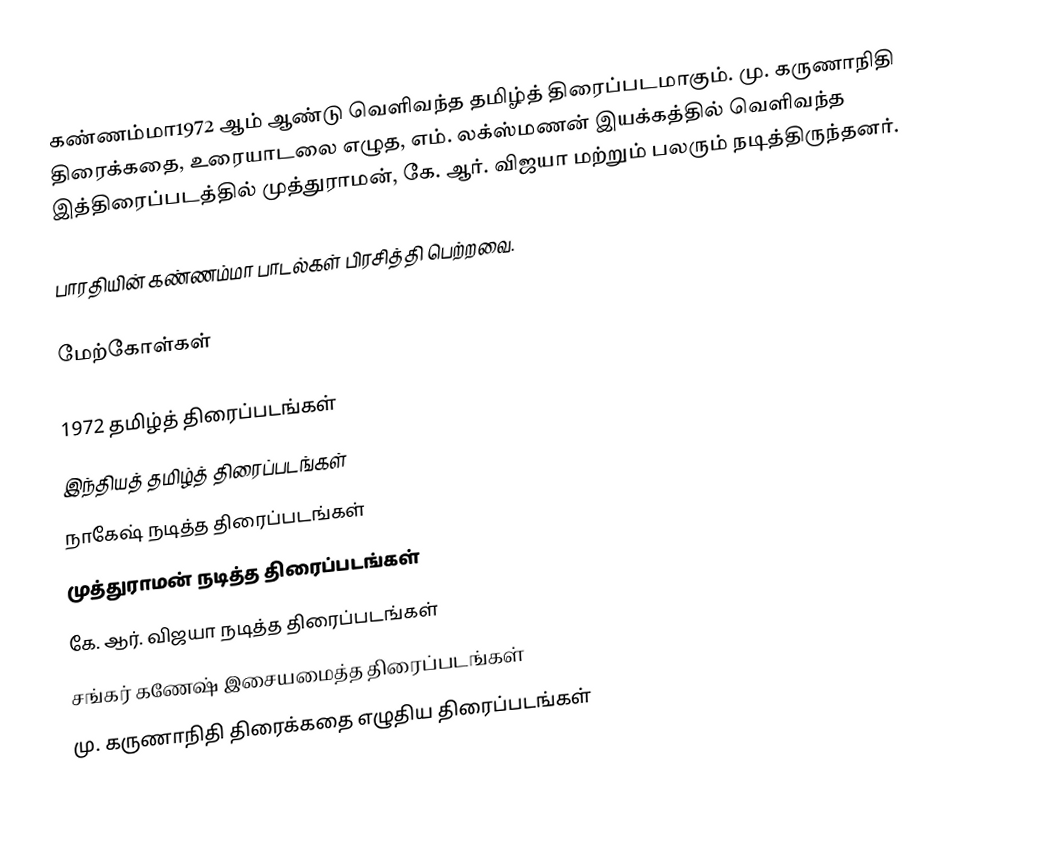
கண்ணம்மா1972 ஆம் ஆண்டு வெளிவந்த தமிழ்த் திரைப்படமாகும். மு. கருணாநிதி திரைக்கதை, உரையாடலை  எழுத,  எம். லக்ஸ்மணன் இயக்கத்தில் வெளிவந்த இத்திரைப்படத்தில் முத்துராமன், கே. ஆர். விஜயா மற்றும் பலரும் நடித்திருந்தனர்.

பாரதியின் கண்ணம்மா பாடல்கள் பிரசித்தி பெற்றவை.

மேற்கோள்கள்

1972 தமிழ்த் திரைப்படங்கள்
இந்தியத் தமிழ்த் திரைப்படங்கள்
நாகேஷ் நடித்த திரைப்படங்கள்
முத்துராமன் நடித்த திரைப்படங்கள்
கே. ஆர். விஜயா நடித்த திரைப்படங்கள்
சங்கர் கணேஷ் இசையமைத்த திரைப்படங்கள்
மு. கருணாநிதி திரைக்கதை எழுதிய திரைப்படங்கள்